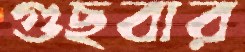
গুছবার